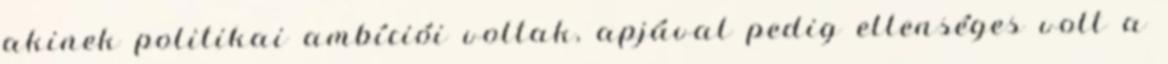
akinek politikai ambíciói voltak, apjával pedig ellenséges volt a